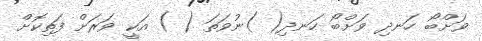
ވަށްބޯ ހަނދި ވަށްބޯ ހަނދި( )ނުވަތަ ( ) އަކީ ވަރަށް ފަތިކޮށް